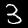
Label: 3